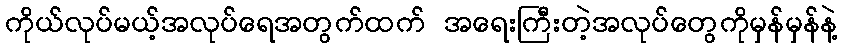
ကိုယ်လုပ်မယ့်အလုပ်ရေအတွက်ထက် အရေးကြီးတဲ့အလုပ်တွေကိုမှန်မှန်နဲ့